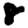
Digit: 8